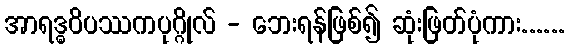
အာရဒ္ဓဝိပဿကပုဂ္ဂိုလ် - ဘေးရန်ဖြစ်၍ ဆုံးဖြတ်ပုံကား......